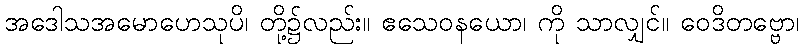
အဒေါသအမောဟေသုပိ၊ တို့၌လည်း။ ဧသေဝနယော၊ ကို သာလျှင်။ ဝေဒိတဗ္ဗော၊